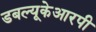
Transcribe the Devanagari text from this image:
डबल्यूकेआरपी